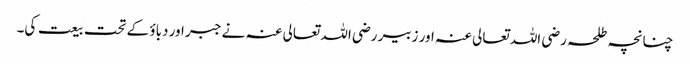
چنانچہ طلحہ رضی اللہ تعالی عنہ اور زبیر رضی اللہ تعالی عنہ نے جبر اور دباؤ کے تحت بیعت کی۔